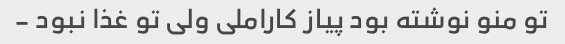
تو منو نوشته بود پیاز کاراملی ولی تو غذا نبود -